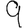
Digit: 9